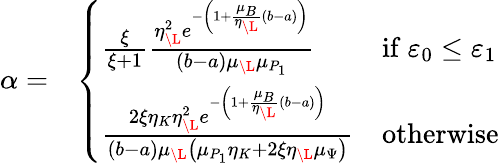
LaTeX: \begin{array}{rl}{\alpha=}&{\left\{ \begin{array}{ll}{\frac{\xi}{\xi+1}\frac{\eta_{\L}^{2}e^{-\left(1+\frac{\mu_{B}}{\eta_{\L}}(b-a)\right)}}{(b-a)\mu_{\L}\mu_{P_{1}}}}&{\mathrm{if}~\varepsilon_{0}\leq\varepsilon_{1}}\\ {\frac{2\xi\eta_{K}\eta_{\L}^{2}e^{-\left(1+\frac{\mu_{B}}{\eta_{\L}}(b-a)\right)}}{(b-a)\mu_{\L}\left(\mu_{P_{1}}\eta_{K}+2\xi\eta_{\L}\mu_{\Psi}\right)}}&{\mathrm{otherwise}}\end{array}\right.}\end{array}